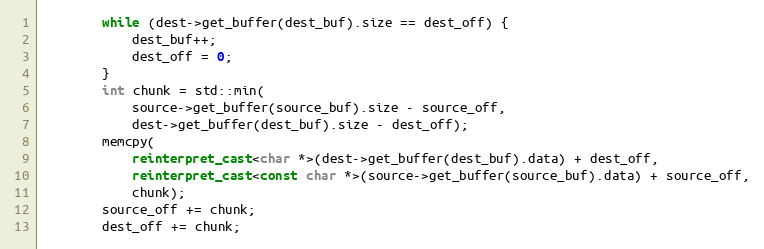
Language: C++
        while (dest->get_buffer(dest_buf).size == dest_off) {
            dest_buf++;
            dest_off = 0;
        }
        int chunk = std::min(
            source->get_buffer(source_buf).size - source_off,
            dest->get_buffer(dest_buf).size - dest_off);
        memcpy(
            reinterpret_cast<char *>(dest->get_buffer(dest_buf).data) + dest_off,
            reinterpret_cast<const char *>(source->get_buffer(source_buf).data) + source_off,
            chunk);
        source_off += chunk;
        dest_off += chunk;